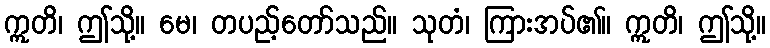
ဣတိ၊ ဤသို့။ မေ၊ တပည့်တော်သည်။ သုတံ၊ ကြားအပ်၏။ ဣတိ၊ ဤသို့။